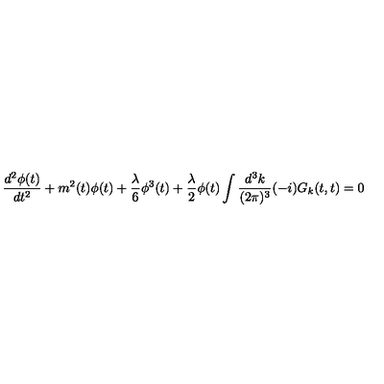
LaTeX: \frac { d ^ { 2 } \phi ( t ) } { d t ^ { 2 } } + m ^ { 2 } ( t ) \phi ( t ) + \frac { \lambda } { 6 } \phi ^ { 3 } ( t ) + \frac { \lambda } { 2 } \phi ( t ) \int \frac { d ^ { 3 } k } { ( 2 \pi ) ^ { 3 } } ( - i ) G _ { k } ( t , t ) = 0